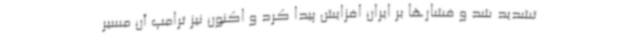
تشدید شد و فشارها بر ایران افزایش پیدا کرد و اکنون نیز ترامپ آن مسیر